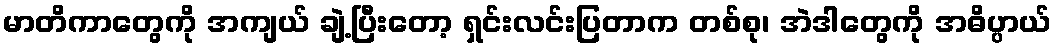
မာတိကာတွေကို အကျယ် ချဲ့ပြီးတော့ ရှင်းလင်းပြတာက တစ်စု၊ အဲဒါတွေကို အဓိပ္ပာယ်